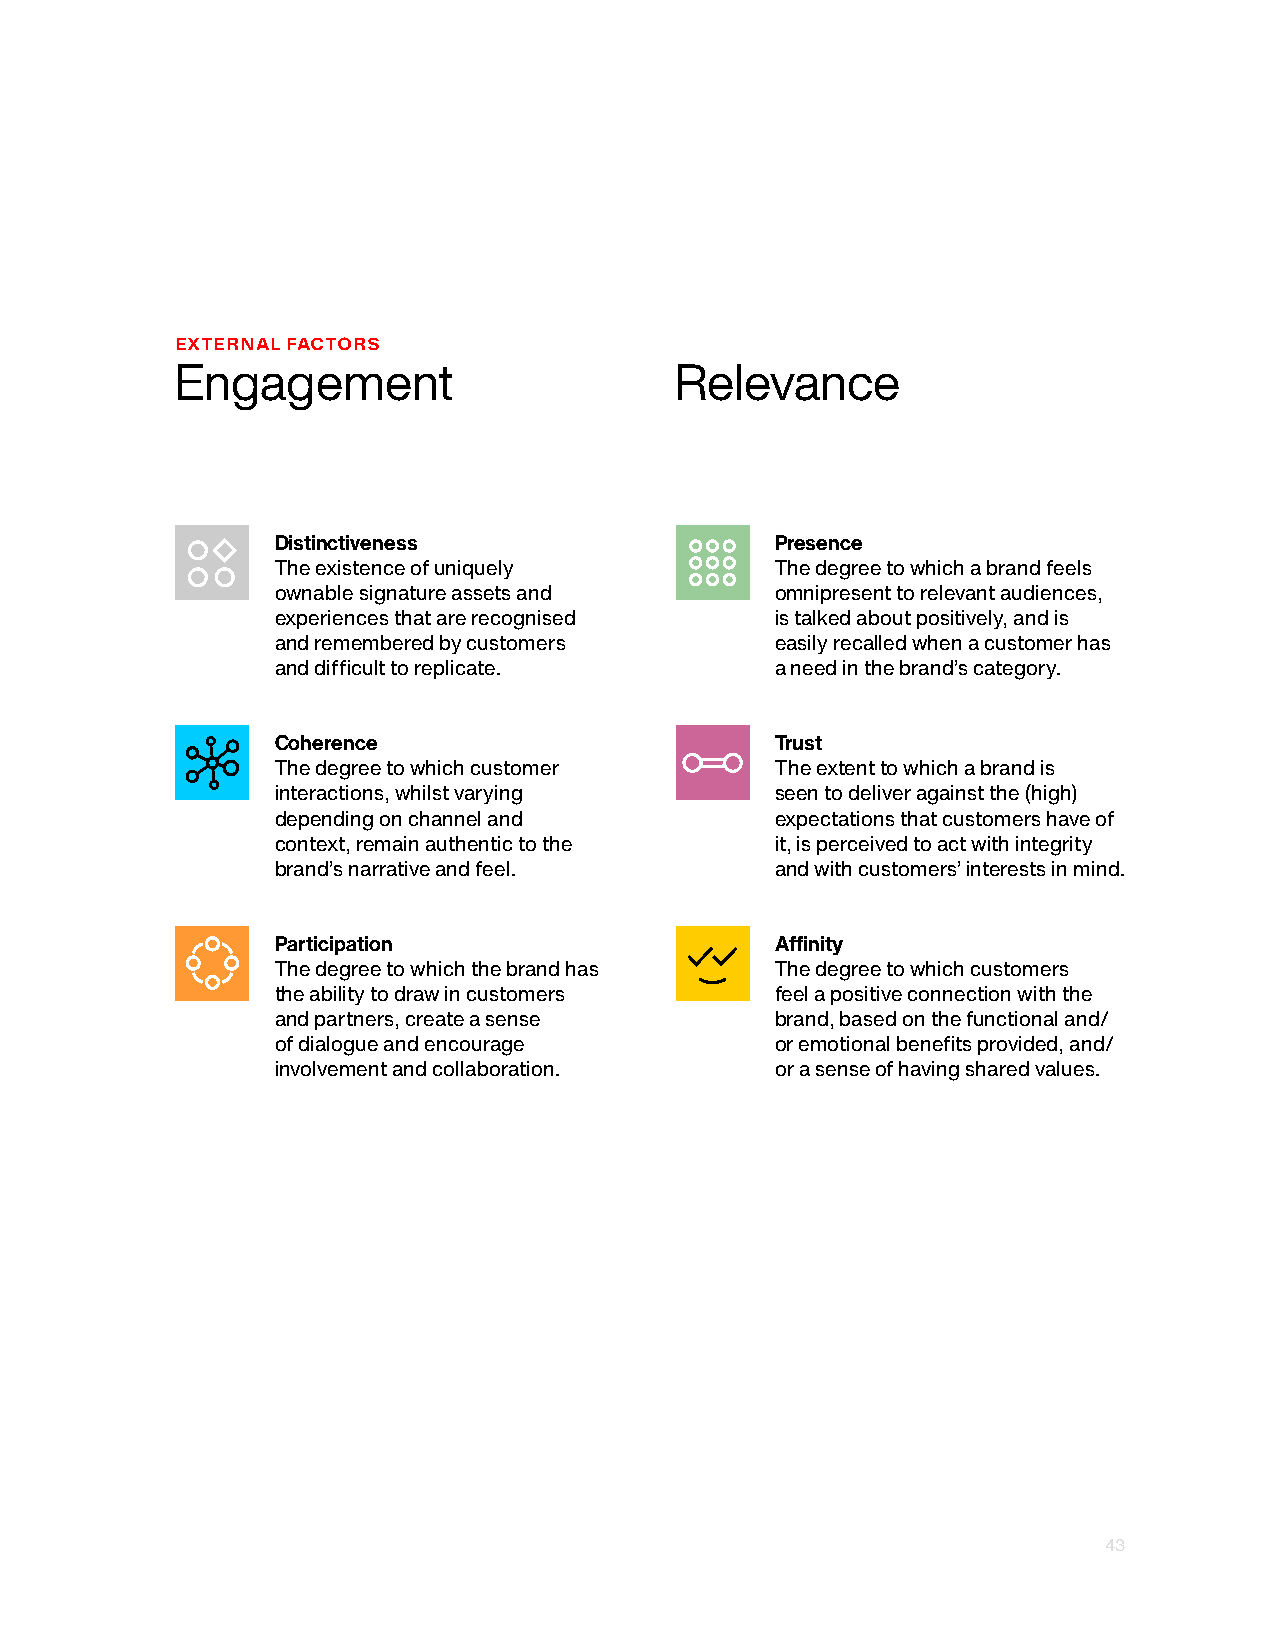
EXTERNAL FACTORS
 Engagement                       Relevance
 Distinctiveness                  Presence
 The existence of uniquely        The degree to which a brand feels
 ownable signature assets and     omnipresent to relevant audiences,
 experiences that are recognised  is talked about positively, and is
 and remembered by customers      easily recalled when a customer has
 and difficult to replicate.      a need in the brand’s category.
 Coherence                        Trust
 The degree to which customer     The extent to which a brand is
 interactions, whilst varying     seen to deliver against the (high)
 depending on channel and         expectations that customers have of
 context, remain authentic to the it, is perceived to act with integrity
 brand’s narrative and feel.      and with customers’ interests in mind.
 Participation                    Affinity
 The degree to which the brand has The degree to which customers
 the ability to draw in customers feel a positive connection with the
 and partners, create a sense     brand, based on the functional and/
 of dialogue and encourage        or emotional benefits provided, and/
 involvement and collaboration.   or a sense of having shared values.
 43